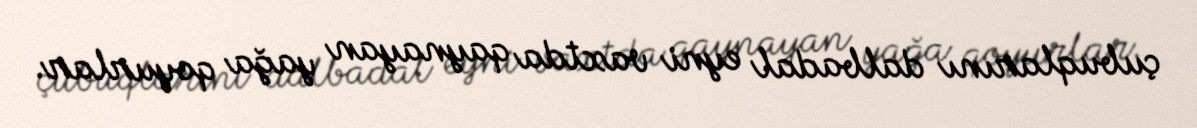
çubuqlarını dalbadal eyni vaxtda qaynayan yağa qoyurlar.